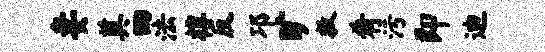
妻奠四法椁反邛旷救肴污即迪